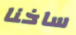
ساخنا